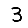
Digit: 3